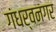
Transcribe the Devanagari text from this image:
गंधर्वनगर